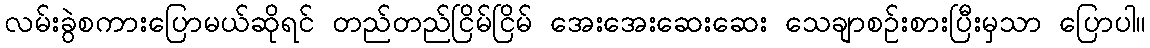
လမ်းခွဲစကားပြောမယ်ဆိုရင် တည်တည်ငြိမ်ငြိမ် အေးအေးဆေးဆေး သေချာစဉ်းစားပြီးမှသာ ပြောပါ။